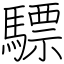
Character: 驃